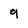
Character: 9